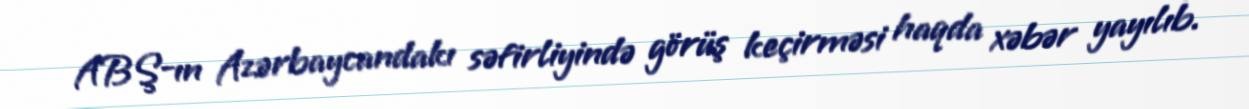
ABŞ-ın Azərbaycandakı səfirliyində görüş keçirməsi haqda xəbər yayılıb.